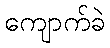
ကျောက်ခဲ